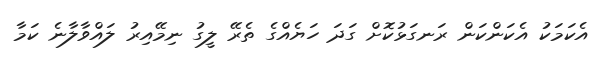
އެކަމަކު އެކަންކަން ރަނގަޅުކޮށް ގަދަ ހަޔެއްގެ ތެރޭ ލީގު ނިމޭއިރު ލައްވާލާނެ ކަމާ